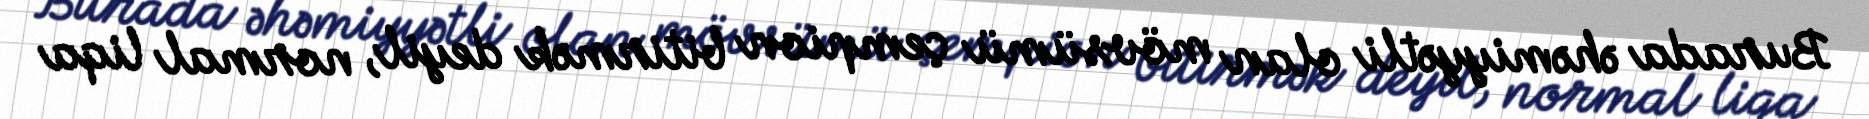
Burada əhəmiyyətli olan mövsümü çempion bitirmək deyil, normal liqa